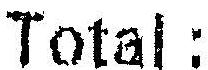
TOTAL :